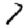
Digit: 7